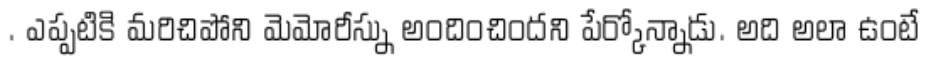
. ఎప్పటికి మరిచిపోని మెమోరీస్ను అందించిందని పేర్కోన్నాడు. అది అలా ఉంటే